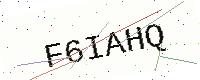
Text: F6IAHQ